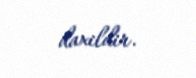
daxildir.